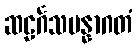
ဆဠင်္ဂသမန္နာဂတံ